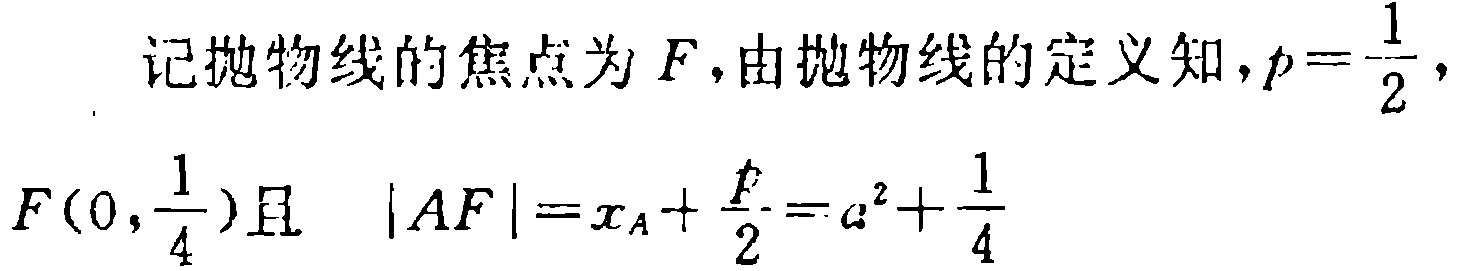
记抛物线的焦点为\(F\)，由抛物线的定义知，\(p = \dfrac{1}{2}\)，

\(F\left(0,\dfrac{1}{4}\right)\)且 \(\vert AF\vert = x_{A}+\dfrac{p}{2}=a^{2}+\dfrac{1}{4}\)